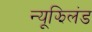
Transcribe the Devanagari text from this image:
न्यूझिलंड